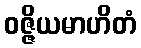
ဝဇ္ဇိယမာဟိတံ